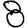
Digit: 8